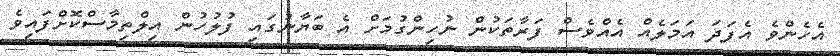
އެހެންވެ އެފަދަ އަމަލެއް އެއްވެސް ފަރާތަކުން ނުހިންގުމަށް އެ ބަޔާނުގައި ފުލުހުން އިލްތިމާސްކޮށްފައިވެ